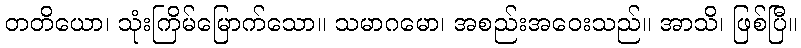
တတိယော၊ သုံးကြိမ်မြောက်သော။ သမာဂမော၊ အစည်းအဝေးသည်။ အာသိ၊ ဖြစ်ပြီ။